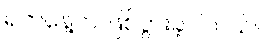
ရက်နေ့က ဖြစ်ပွားခဲ့ပါတယ်။